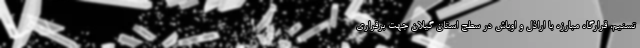
تسنیم، قرارگاه مبارزه با اراذل و اوباش در سطح استان گیلان جهت برقراری